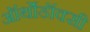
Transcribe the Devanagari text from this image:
ऑर्थोडॉक्सी